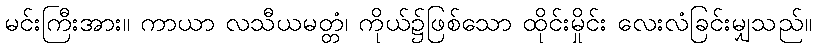
မင်းကြီးအား။ ကာယာ လသီယမတ္တံ၊ ကိုယ်၌ဖြစ်သော ထိုင်းမှိုင်း လေးလံခြင်းမျှသည်။